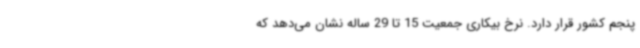
پنجم کشور قرار دارد. نرخ بیکاری جمعیت 15 تا 29 ساله نشان می‌دهد که